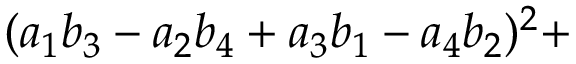
( a _ { 1 } b _ { 3 } - a _ { 2 } b _ { 4 } + a _ { 3 } b _ { 1 } - a _ { 4 } b _ { 2 } ) ^ { 2 } +